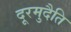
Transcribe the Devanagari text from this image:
दूरमुदैति